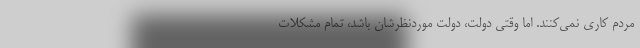
مردم کاری نمی‌کنند. اما وقتی دولت، دولت موردنظرشان باشد، تمام مشکلات